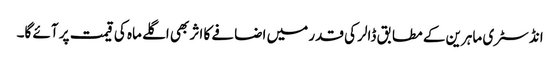
انڈسٹری ماہرین کے مطابق ڈالر کی قدر میں اضافے کا اثر بھی اگلے ماہ کی قیمت پر آئے گا۔